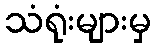
သံရုံးများမှ